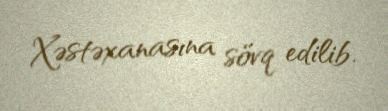
Xəstəxanasına sövq edilib.